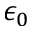
\epsilon _ { 0 }